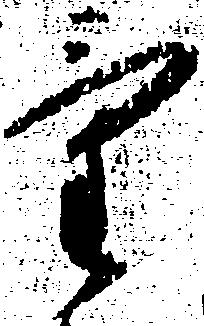
気